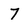
Character: 7